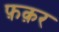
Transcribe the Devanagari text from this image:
फ़क़र